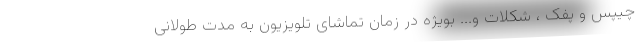
چیپس و پفک ، شکلات و... بویژه در زمان تماشای تلویزیون به مدت طولانی